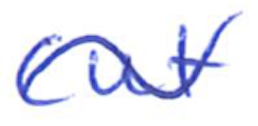
Text: cut
Cross-out: wave
Writing tool: ballpoint